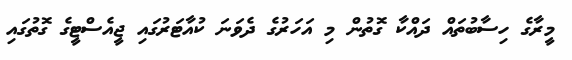
މީރާގެ ހިސާބުތައް ދައްކާ ގޮތުން މި އަހަރުގެ ދެވަނަ ކުއާޓަރުގައި ޖީއެސްޓީގެ ގޮތުގައި